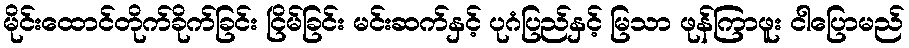
မိုင်းထောင်တိုက်ခိုက်ခြင်း ငြိမ်ခြင်း မင်းဆက်နှင့် ပုဂံပြည်နှင့် မြသာ ဖုန်ကြာဖူး ငါပြောမည်